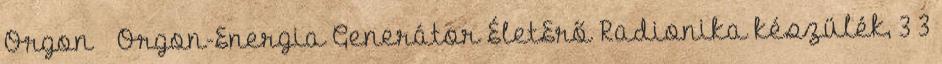
Orgon Orgon-Energia Generátor ÉletErő Radionika készülék, 3 3